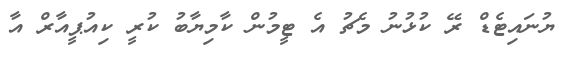
ޔުނައިޓެޑް ރޭ ކުޅުނު މެޗު އެ ޓީމުން ކާމިޔާބު ކުރީ ކިއުޕީއާރް އާ